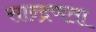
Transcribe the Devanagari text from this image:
सान्द्रणता